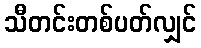
သီတင်းတစ်ပတ်လျှင်